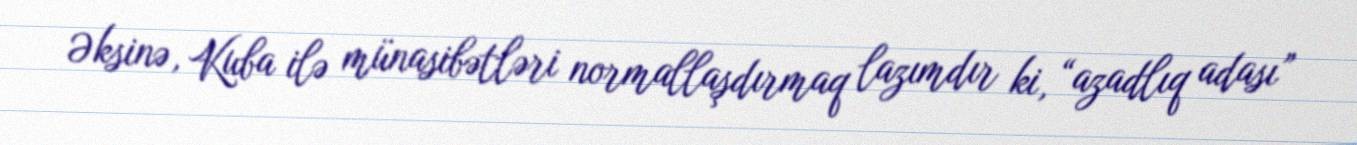
Əksinə, Kuba ilə münasibətləri normallaşdırmaq lazımdır ki, “azadlıq adası”